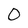
Character: 0